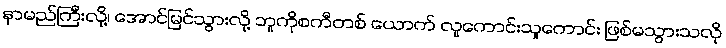
နာမည်ကြီးလို့၊ အောင်မြင်သွားလို့ ဘူကိုစကီတစ် ယောက် လူကောင်းသူကောင်း ဖြစ်မသွားသလို